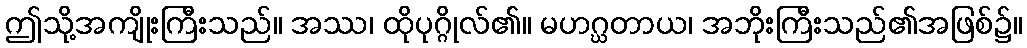
ဤသို့အကျိုးကြီးသည်။ အဿ၊ ထိုပုဂ္ဂိုလ်၏။ မဟဂ္ဃတာယ၊ အဘိုးကြီးသည်၏အဖြစ်၌။